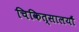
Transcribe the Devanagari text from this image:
चिकित्सालयौं